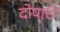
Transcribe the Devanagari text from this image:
दोषाचें